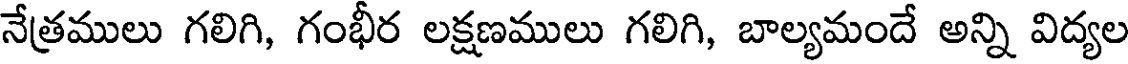
నేత్రములు గలిగి, గంభీర లక్షణములు గలిగి, బాల్యమందే అన్ని విద్యల